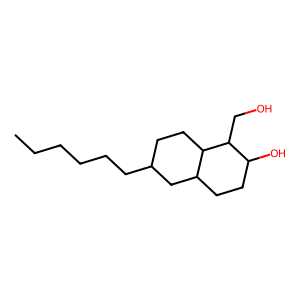
SMILES: CCCCCCC1CCC2C(CCC(O)C2CO)C1
Inhibits HIV replication: No